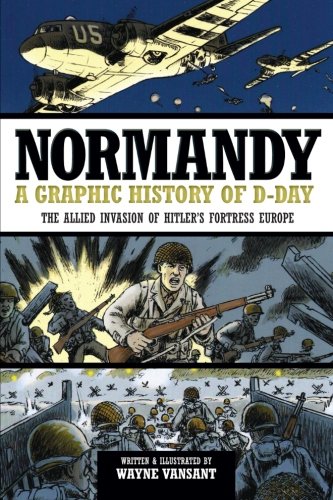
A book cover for Normandy: A Graphic History of D-Day, The Allied Invasion of Hitler's Fortress Europe (Zenith Graphic Histories); Wayne Vansant; Comics & Graphic Novels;